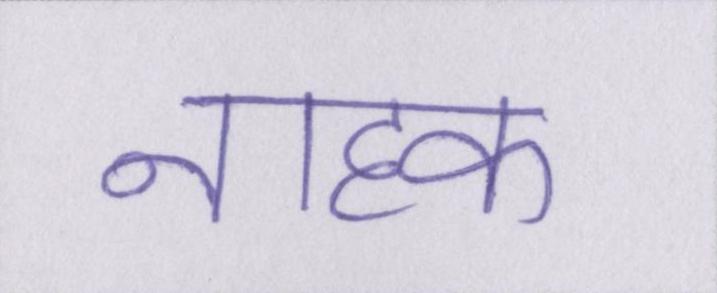
नाहक